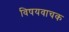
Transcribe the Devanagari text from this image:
विषयवाचक